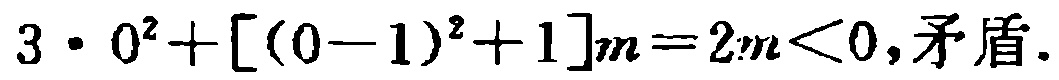
\(3\cdot 0^{2}+[(0 - 1)^{2}+1]m = 2m<0,矛盾.\)